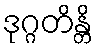
ဒုဂ္ဂတိန္တိ